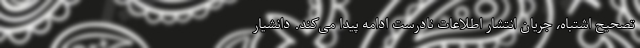
تصحیح اشتباه، جریان انتشار اطلاعات نادرست ادامه پیدا می‌کند. دانشیار